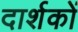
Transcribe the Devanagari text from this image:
दार्शकों